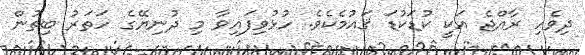
ދިވެހި ރާއްޖެ އަކީ ކުޑަކުޑަ ޤައުމެކެވެ. ހުޅުވިފައިވާ މި ދުނިޔޭގެ ހަތަރު ބިތުން